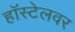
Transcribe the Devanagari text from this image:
हॉस्टेलवर